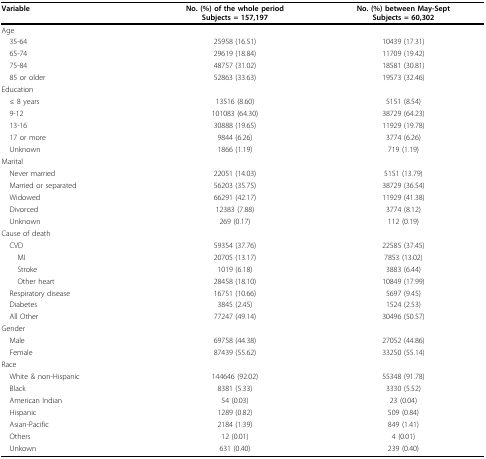
<table><thead><tr><td><b>Variable</b></td><td><b>No. (%) of the whole periodSubjects = 157,197</b></td><td><b>No. (%) between May-SeptSubjects = 60,302</b></td></tr></thead><tbody><tr><td>Age</td><td>[EMPTY_CELL]</td><td>[EMPTY_CELL]</td></tr><tr><td> 35-64</td><td>25958 (16.51)</td><td>10439 (17.31)</td></tr><tr><td> 65-74</td><td>29619 (18.84)</td><td>11709 (19.42)</td></tr><tr><td> 75-84</td><td>48757 (31.02)</td><td>18581 (30.81)</td></tr><tr><td> 85 or older</td><td>52863 (33.63)</td><td>19573 (32.46)</td></tr><tr><td>Education</td><td>[EMPTY_CELL]</td><td>[EMPTY_CELL]</td></tr><tr><td> ≤ 8 years</td><td>13516 (8.60)</td><td>5151 (8.54)</td></tr><tr><td> 9-12</td><td>101083 (64.30)</td><td>38729 (64.23)</td></tr><tr><td> 13-16</td><td>30888 (19.65)</td><td>11929 (19.78)</td></tr><tr><td> 17 or more</td><td>9844 (6.26)</td><td>3774 (6.26)</td></tr><tr><td> Unknown</td><td>1866 (1.19)</td><td>719 (1.19)</td></tr><tr><td>Marital</td><td>[EMPTY_CELL]</td><td>[EMPTY_CELL]</td></tr><tr><td> Never married</td><td>22051 (14.03)</td><td>5151 (13.79)</td></tr><tr><td> Married or separated</td><td>56203 (35.75)</td><td>38729 (36.54)</td></tr><tr><td> Widowed</td><td>66291 (42.17)</td><td>11929 (41.38)</td></tr><tr><td> Divorced</td><td>12383 (7.88)</td><td>3774 (8.12)</td></tr><tr><td> Unknown</td><td>269 (0.17)</td><td>112 (0.19)</td></tr><tr><td>Cause of death</td><td>[EMPTY_CELL]</td><td>[EMPTY_CELL]</td></tr><tr><td> CVD</td><td>59354 (37.76)</td><td>22585 (37.45)</td></tr><tr><td>MI</td><td>20705 (13.17)</td><td>7853 (13.02)</td></tr><tr><td>Stroke</td><td>1019 (6.18)</td><td>3883 (6.44)</td></tr><tr><td>Other heart</td><td>28458 (18.10)</td><td>10849 (17.99)</td></tr><tr><td> Respiratory disease</td><td>16751 (10.66)</td><td>5697 (9.45)</td></tr><tr><td> Diabetes</td><td>3845 (2.45)</td><td>1524 (2.53)</td></tr><tr><td> All Other</td><td>77247 (49.14)</td><td>30496 (50.57)</td></tr><tr><td>Gender</td><td>[EMPTY_CELL]</td><td>[EMPTY_CELL]</td></tr><tr><td> Male</td><td>69758 (44.38)</td><td>27052 (44.86)</td></tr><tr><td> Female</td><td>87439 (55.62)</td><td>33250 (55.14)</td></tr><tr><td>Race</td><td>[EMPTY_CELL]</td><td>[EMPTY_CELL]</td></tr><tr><td> White &amp; non-Hispanic</td><td>144646 (92.02)</td><td>55348 (91.78)</td></tr><tr><td> Black</td><td>8381 (5.33)</td><td>3330 (5.52)</td></tr><tr><td> American Indian</td><td>54 (0.03)</td><td>23 (0.04)</td></tr><tr><td> Hispanic</td><td>1289 (0.82)</td><td>509 (0.84)</td></tr><tr><td> Asian-Pacific</td><td>2184 (1.39)</td><td>849 (1.41)</td></tr><tr><td> Others</td><td>12 (0.01)</td><td>4 (0.01)</td></tr><tr><td> Unkown</td><td>631 (0.40)</td><td>239 (0.40)</td></tr></tbody></table>